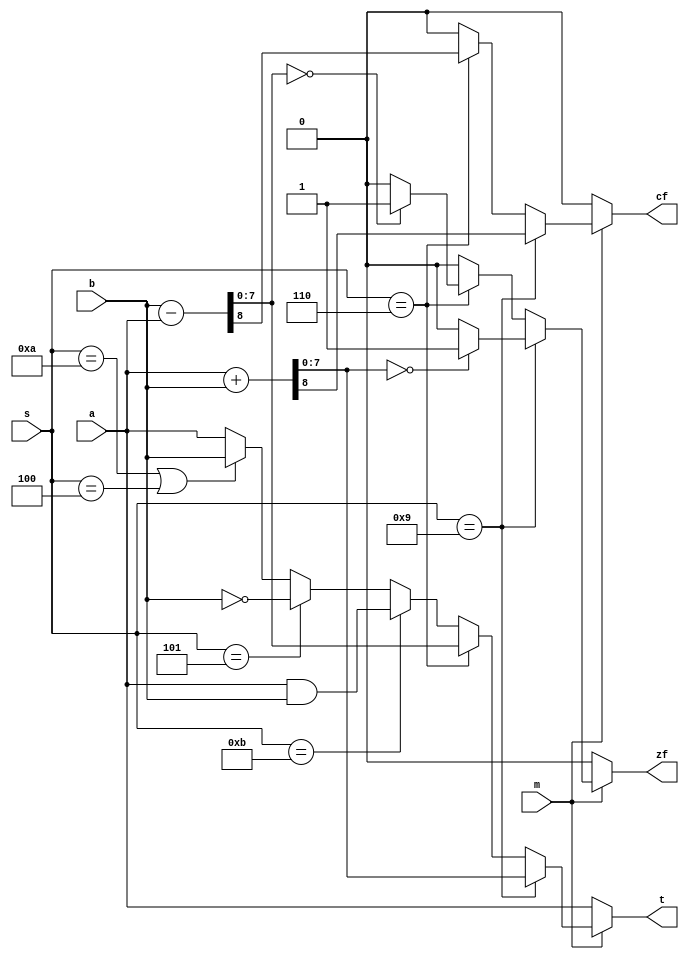
module simple (
    a,
    b,
    s,
    m,
    t,
    cf,
    zf
);
  input [7:0] a;
  input [7:0] b;
  input m;
  input [3:0] s;
  output cf, zf;
  output [7:0] t;
  reg cf, zf;
  reg [7:0] t;
  always @(m, s, a, b) begin
    t  = 8'b0;
    cf = 1'b0;
    zf = 1'b0;
    if (m == 1) begin
      if (s == 4'b1001) begin
        {cf, t} = a + b;
        if (t == 0) zf = 1;
        else zf = 1'b0;
      end else if (s == 4'b0110) begin
        {cf, t} = b - a;
        if (t == 0) zf = 1'b1;
        else zf = 0;
      end else if (s == 4'b1011) t = a & b;
      else if (s == 4'b0101) t = ~b;
      else if (s == 4'b1010 || s == 4'b0100) t = b;
      else t = a;
    end else t = a;
  end
endmodule